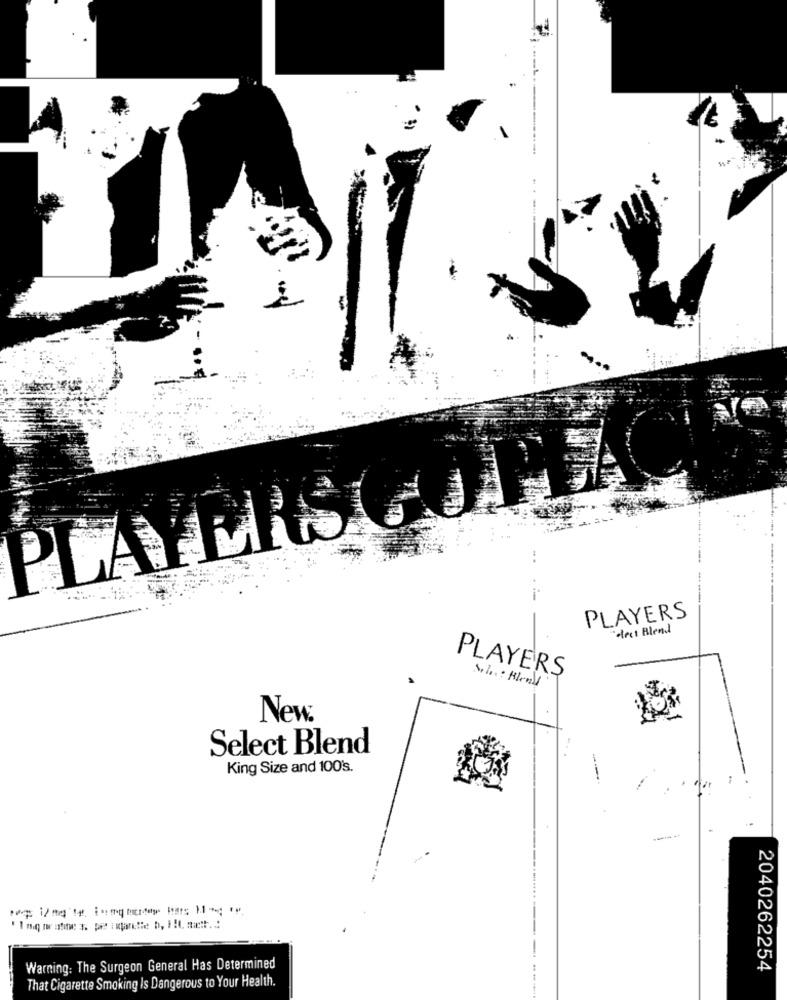
PLAYERS GO FLAC
PLAYERS
-rct Blend
PLAYERS
New.
Select Blend
King Size and 100's.
--.
Warning: The Surgeon General Has Determined
2040262254
That Cigarette Smoking Is Dangerous to Your Health.
....